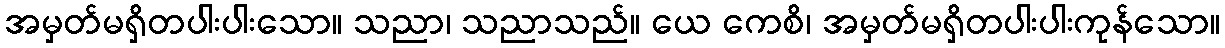
အမှတ်မရှိတပါးပါးသော။ သညာ၊ သညာသည်။ ယေ ကေစိ၊ အမှတ်မရှိတပါးပါးကုန်သော။